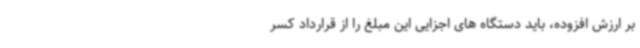
بر ارزش افزوده، باید دستگاه های اجزایی این مبلغ را از قرارداد کسر